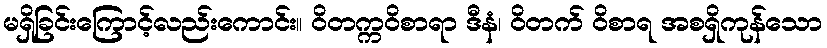
မရှိခြင်းကြောင့်လည်းကောင်း။ ဝိတက္ကဝိစာရာ ဒီနံ၊ ဝိတက် ဝိစာရ အစရှိကုန်သော